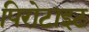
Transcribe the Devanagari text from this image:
पिरोटाइट